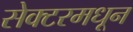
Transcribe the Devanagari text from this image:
सेक्टरमधून